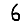
Digit: 6